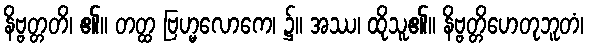
နိဗ္ဗတ္တတိ၊ ၏။ တတ္ထ ဗြဟ္မလောကေ၊ ၌။ အဿ၊ ထိုသူ၏။ နိဗ္ဗတ္တိဟေတုဘူတံ၊